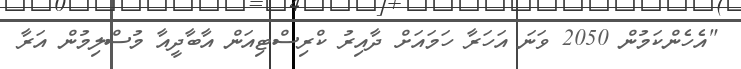
"އެހެންކަމުން 2050 ވަނަ އަހަރާ ހަމައަށް ދާއިރު ކްރިސްޓިއަން އާބާދީއާ މުސްލިމުން އަރާ